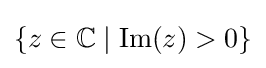
\left\{z\in \mathbb {C} \mid \operatorname {Im} (z)>0\right\}